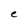
Character: e